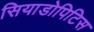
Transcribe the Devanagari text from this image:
सियाडोपिटिस